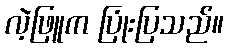
လဲ့ဖြူက ပြုံးပြသည်။